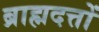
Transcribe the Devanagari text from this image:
ब्राह्मदत्तों